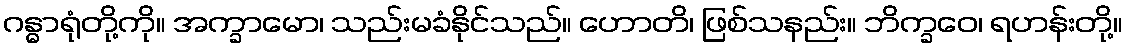
ဂန္ဓာရုံတို့ကို။ အက္ခာမော၊ သည်းမခံနိုင်သည်။ ဟောတိ၊ ဖြစ်သနည်း။ ဘိက္ခဝေ၊ ရဟန်းတို့။